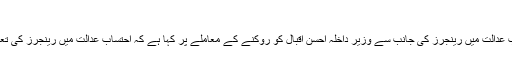
کراچی میں تیز مزید پڑھیں
اسلام آباد: وزیراعظم شاہد خاقان عباسی نے احتساب عدالت میں رینجرز کی جانب سے وزیر داخلہ احسن اقبال کو روکنے کے معاملے پر کہا ہے کہ احتساب عدالت میں رینجرز کی تعیناتی کے معاملے پر تہہ تک پہنچنا ضروری ہے۔